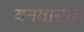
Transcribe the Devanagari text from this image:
वनवासांत